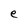
Character: e